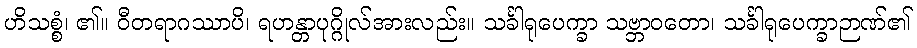
ဟိသစ္စံ၊ ၏။ ဝီတရာဂဿာပိ၊ ရဟန္တာပုဂ္ဂိုလ်အားလည်း။ သင်္ခါရုပေက္ခာ သဗ္ဘာဝတော၊ သင်္ခါရုပေက္ခာဉာဏ်၏